Report on sanitation, dispensaries, and jails in Rajputana for 1921, and on vaccination for the year 1921-1922 - 1921-1922
Year: 1921
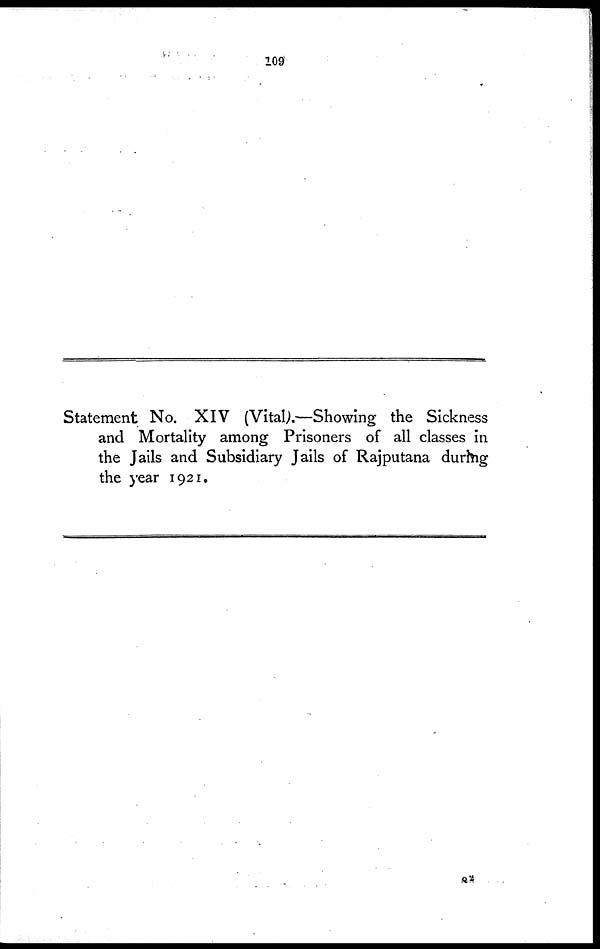
109
Statement No. XIV (Vital).—Showing the Sickness
and Mortality among Prisoners of all classes in
the Jails and Subsidiary Jails of Rajputana during
the year 1921.
Q
2